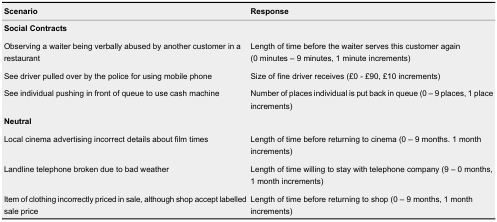
<table><thead><tr><td><b>Scenario</b></td><td><b>Response</b></td></tr></thead><tbody><tr><td colspan="2"><b>Social Contracts</b></td></tr><tr><td>Observing a waiter being verbally abused by another customer in a restaurant</td><td>Length of time before the waiter serves this customer again (0 minutes – 9 minutes, 1 minute increments)</td></tr><tr><td>See driver pulled over by the police for using mobile phone</td><td>Size of fine driver receives (£0 - £90, £10 increments)</td></tr><tr><td>See individual pushing in front of queue to use cash machine</td><td>Number of places individual is put back in queue (0 – 9 places, 1 place increments)</td></tr><tr><td colspan="2"><b>Neutral</b></td></tr><tr><td>Local cinema advertising incorrect details about film times</td><td>Length of time before returning to cinema (0 – 9 months. 1 month increments)</td></tr><tr><td>Landline telephone broken due to bad weather</td><td>Length of time willing to stay with telephone company (9 – 0 months, 1 month increments)</td></tr><tr><td>Item of clothing incorrectly priced in sale, although shop accept labelled sale price</td><td>Length of time before returning to shop (0 – 9 months, 1 month increments)</td></tr></tbody></table>